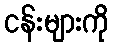
ငန်းများကို